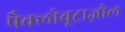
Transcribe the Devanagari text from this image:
पैक्लोबूट्राज़ोल